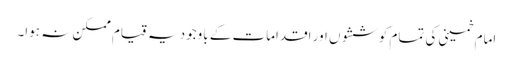
امام خمینی کی تمام کوششوں اور اقدامات کے باوجود یہ قیام ممکن نہ ہوا۔